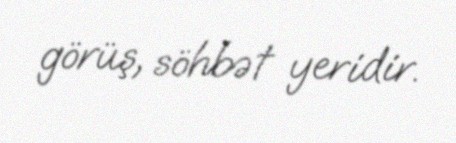
görüş, söhbət yeridir.